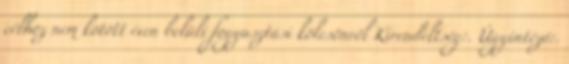
célhoz nem kötött éven belüli fogyasztási kölcsönről Kirendeltség:. Ügyintéző:.